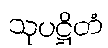
သုပဋ္ဌိတံ